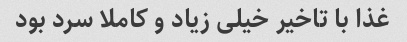
غذا با تاخیر خیلی زیاد و کاملا سرد بود